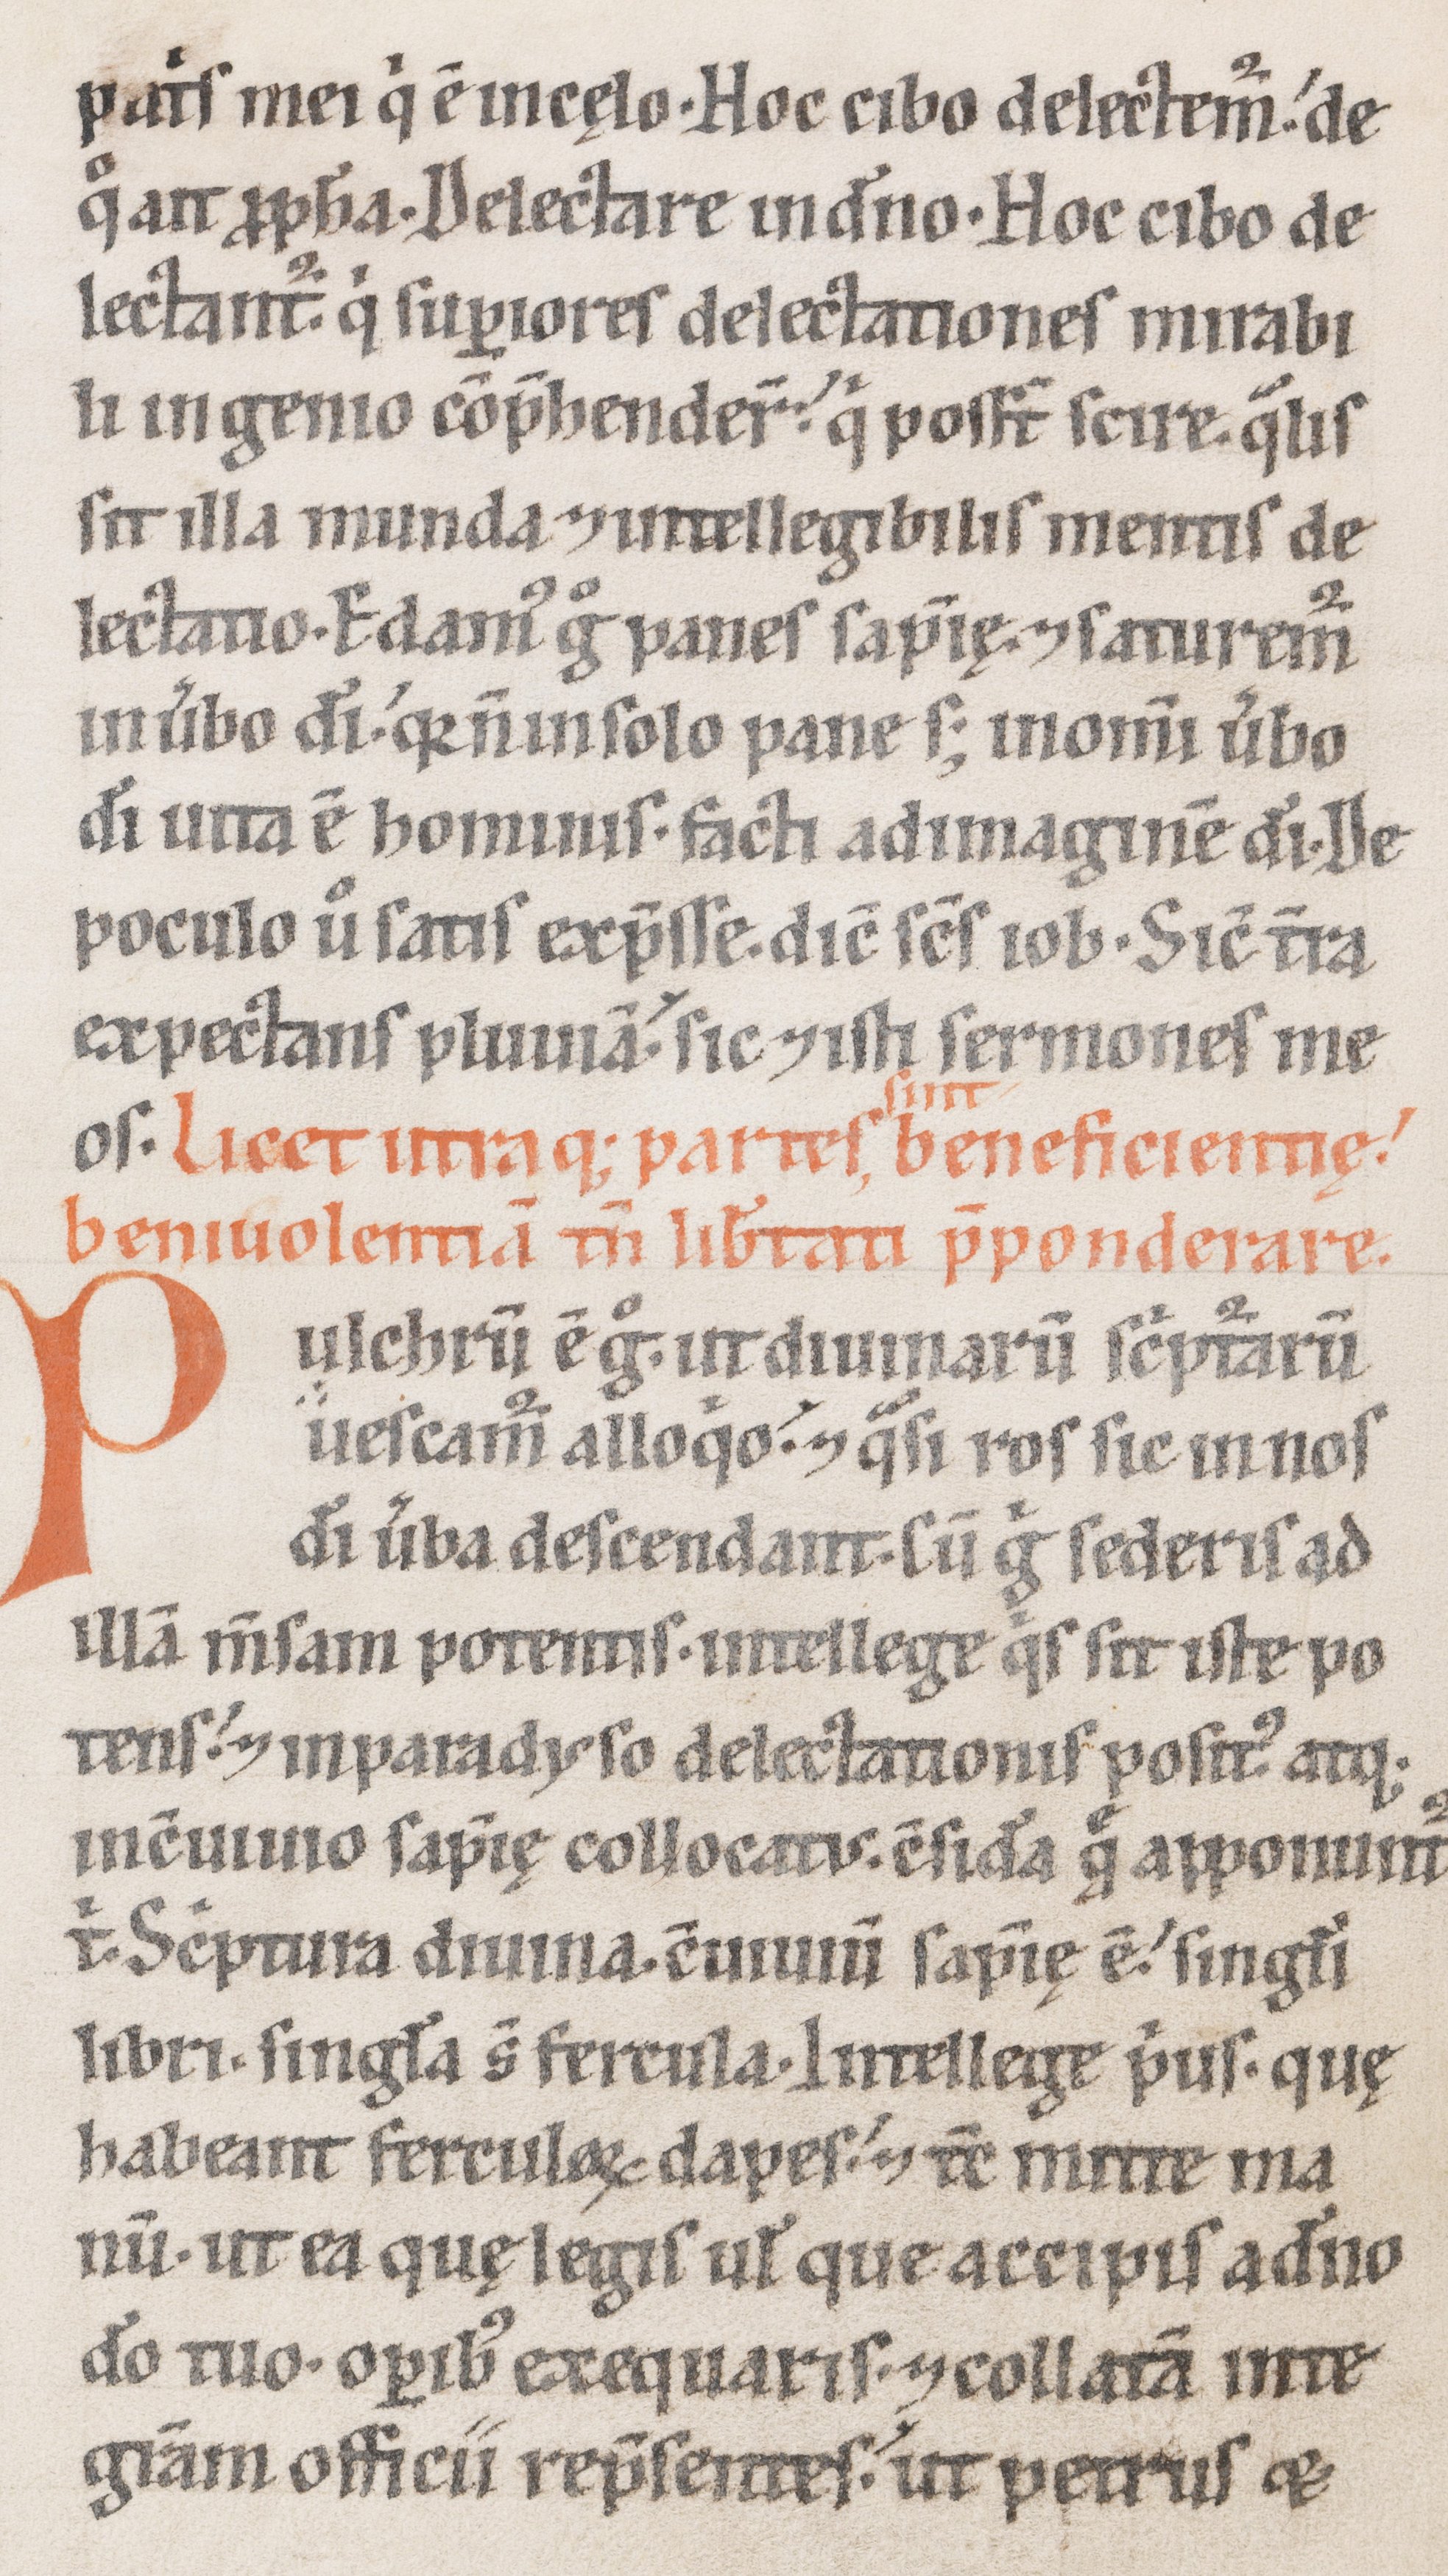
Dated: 1100–1199